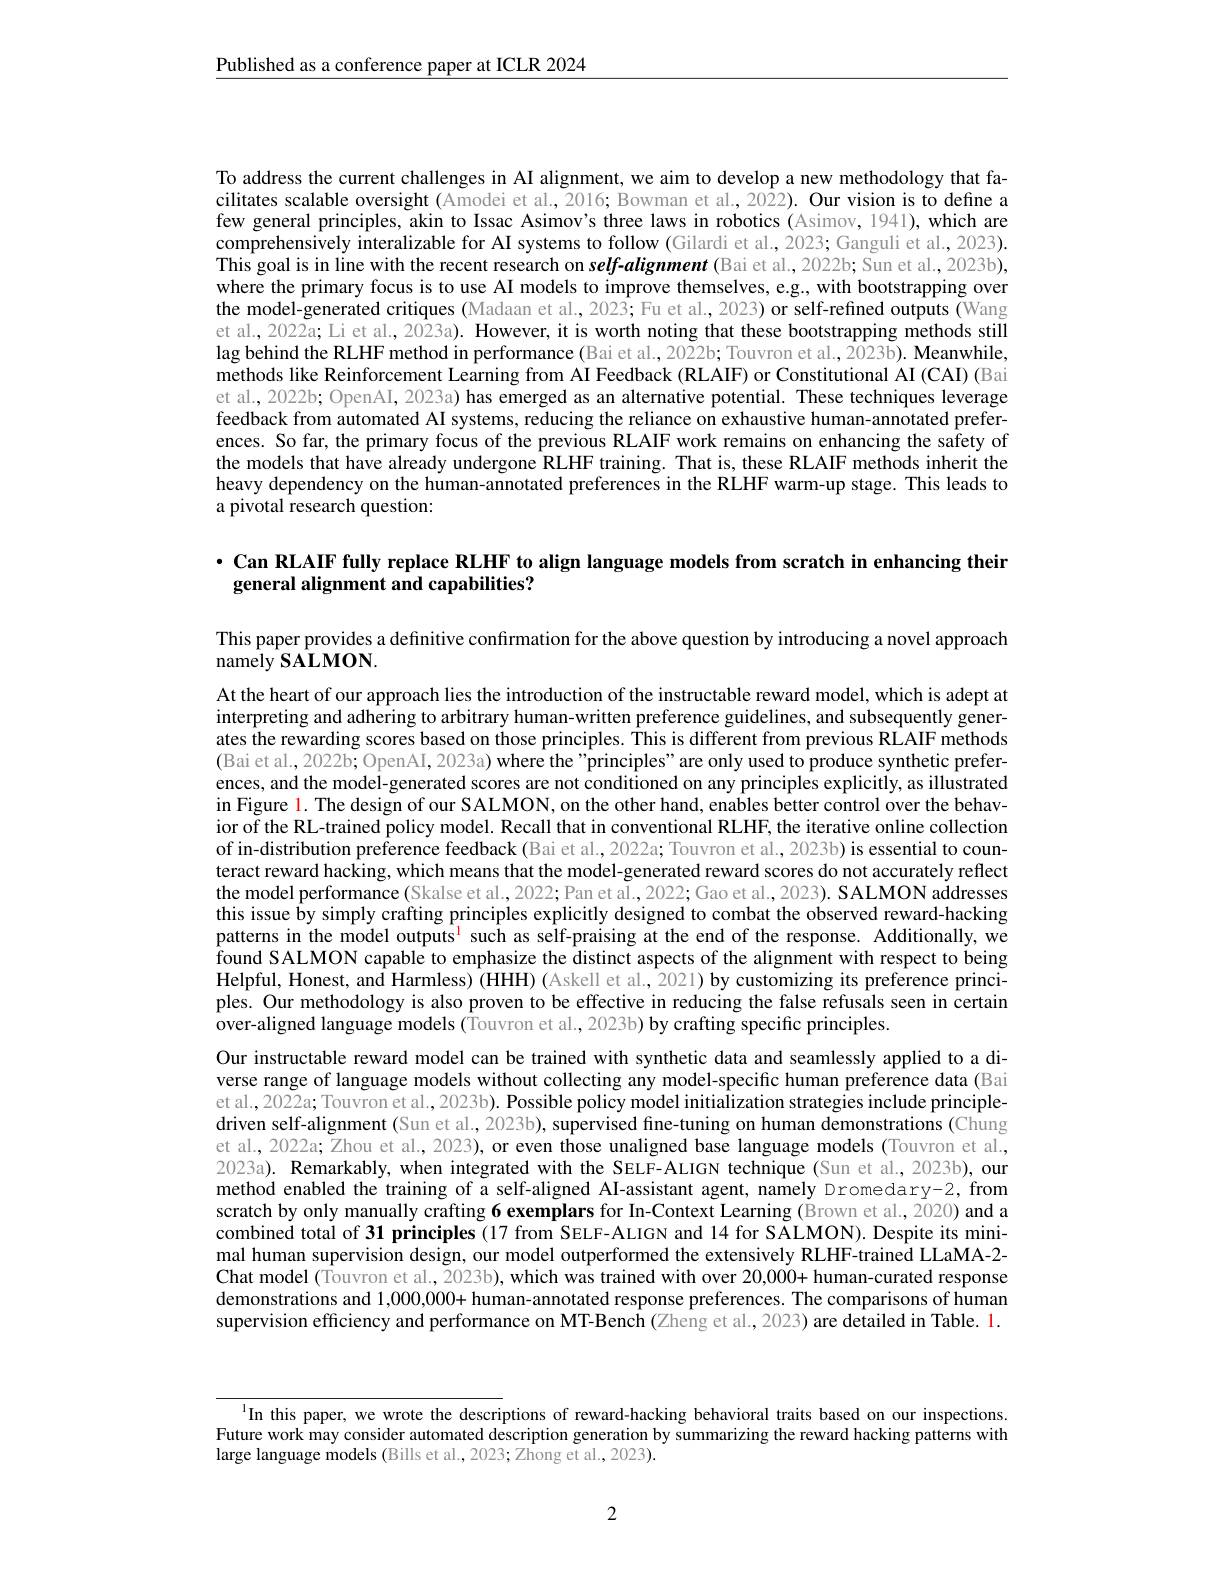
$\underline{\text{Published as a conference paper at ICLR 2024}}$

To address the current challenges in AI alignment, we aim to develop a new methodology that facilitates scalable oversight (Amodei et al., 2016; Bowman et al., 2022). Our vision is to defıne a few general principles, akin to Issac Asimov's three laws in robotics (Asimov,1941), which are comprehensively interalizable for AI systems to follow (Gilardi et al., 2023; Ganguli et al., 2023). This goal is in line with the recent research on self-alignment (Bai et al., 2022b; Sun et al., 2023b), where the primary focus is to use AI models to improve themselves, e.g., with bootstrapping over the model-generated critiques (Madaan et al., 2023; Fu et al., 2023) or self-refined outputs (Wang et al., 2022a; Li et al., 2023a). However, it is worth noting that these bootstrapping methods still lag behind the RLHF method in performance (Bai et al., 2022b; Touvron et al. ,2023b). Meanwhile, methods like Reinforcement Learning from AI Feedback (RLAIF) or Constitutional AI (CAI) (Bai et al., 2022b; OpenAI, 2023a) has emerged as an alternative potential. These techniques leverage feedback from automated AI systems, reducing the reliance on exhaustive human-annotated preferences. So far, the primary focus of the previous RLAIF work remains on enhancing the safety of the models that have already undergone RLHF training. That is, these RLAIF methods inherit the heavy dependency on the human-annotated preferences in the RLHF warm-up stage. This leads to a pivotal research question:

· Can RLAIF fully replace RLHF to align language models from scratch in enhancing their
general alignment and capabilities?

This paper provides a definitive confirmation for the above question by introducing a novel approach
namely SALMON.

At the heart of our approach lies the introduction of the instructable reward model, which is adept at interpreting and adhering to arbitrary human-written preference guidelines, and subsequently generates the rewarding scores based on those principles. This is different from previous RLAIF methods (Bai et al., 2022b; OpenAI, 2023a) where the "principles" are only used to produce synthetic preferences, and the model-generated scores are not conditioned on any principles explicitly, as illustrated in Figure 1. The design of our SALMON, on the other hand, enables better control over the behavior of the RL-trained policy model. Recall that in conventional RLHF, the iterative online collection of in-distribution preference feedback (Bai et al., 2022a; Touvron et al., 2023b) is essential to counteract reward hacking, which means that the model-generated reward scores do not accurately reflect the model performance (Skalse et al., 2022; Pan et al., 2022; Gao et al., 2023). SALMON addresses this issue by simply crafting principles explicitly designed to combat the observed reward-hacking patterns in the model outputs$^{\mathrm{l}}$ such as self-praising at the end of the response. Additionally, we $\hat{\text{found SALMON capable to emphasize the distinct aspects of the alignment with respect to being}}$ Helpful, Honest, and Harmless) (HHH) (Askell et al.,2021) by customizing its preference principles. Our methodology is also proven to be effective in reducing the false refusals seen in certain over-aligned language models (Touvron et al., 2023b) by crafting specific principles
Our instructable reward model can be trained with synthetic data and seamlessly applied to a diverse range of language models without collecting any model-specific human preference data (Bai et al., 2022 a; Touvron et al., 2023 b). Possible policy model initialization strategies include principledriven self-alignment (Sun et al., 2023b), supervised fine-tuning on human demonstrations (Chung et al., 2022a; Zhou et al., 2023), or even those unaligned base language models (Touvron et al., 2023a). Remarkably, when integrated with the SELF-ALIGN technique (Sun et al., 2023b), our method enabled the training of a self-aligned AI-assistant agent, namely Dromedary-2, from scratch by only manually crafting 6 exemplars for In-Context Learning (Brown et al., 2020) and a combined total of 31 principles (17 from SELF-ALIGN and 14 for SALMON). Despite its minimal human supervision design, our model outperformed the extensively RLHF-trained LLaMA-2- Chat model (Touvron et al., 2023b), which was trained with over 20,000+ human-curated response demonstrations and 1,000,000+ human-annotated response preferences. The comparisons of humam supervision efficiency and performance on MT-Bench (Zheng et al.,2023) are detailed in Table. 1.

In this paper, we wrote the descriptions of reward-hacking behavioral traits based on our inspections Future work may consider automated description generation by summarizing the reward hacking patterns with large language models (Bills et al.,2023; Zhong et al., 2023).

2